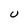
Character: U